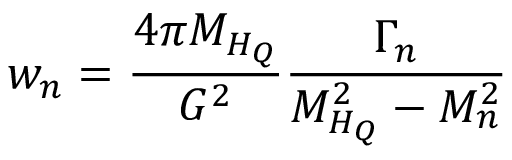
w _ { n } = \frac { 4 \pi M _ { H _ { Q } } } { G ^ { 2 } } \frac { \Gamma _ { n } } { M _ { H _ { Q } } ^ { 2 } - M _ { n } ^ { 2 } }